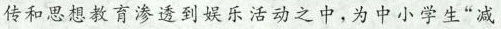
传和思想教育渗透到娱乐活动之中,为中小学生“减